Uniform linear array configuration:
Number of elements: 4
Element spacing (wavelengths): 0.75
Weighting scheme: cosine
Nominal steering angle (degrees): -15
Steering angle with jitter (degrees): -16.177
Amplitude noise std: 0.05
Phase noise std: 0.05

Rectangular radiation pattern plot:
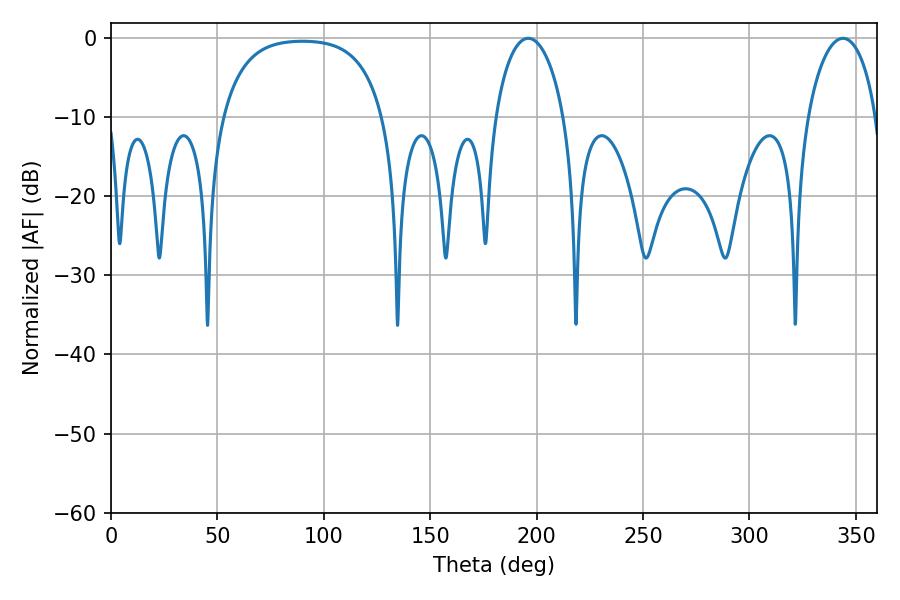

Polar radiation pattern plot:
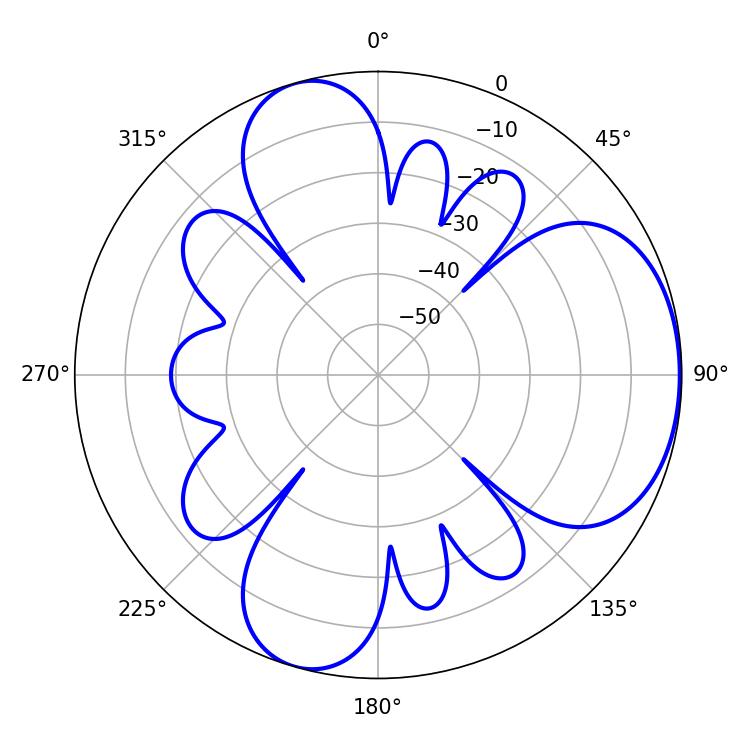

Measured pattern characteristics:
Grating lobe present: TRUE
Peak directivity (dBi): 5.259
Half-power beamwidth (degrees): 18.54
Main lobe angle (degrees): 196.02